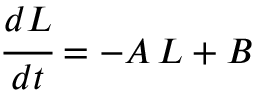
\cfrac { d L } { d t } = - A \, L + B